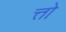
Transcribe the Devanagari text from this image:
त्तो